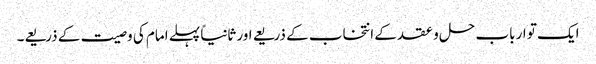
ایک تو ارباب حل و عقد کے انتخاب کے ذریعے اور ثانیاً پہلے امام کی وصیت کے ذریعے۔